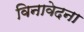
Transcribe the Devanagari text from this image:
विनावेदना